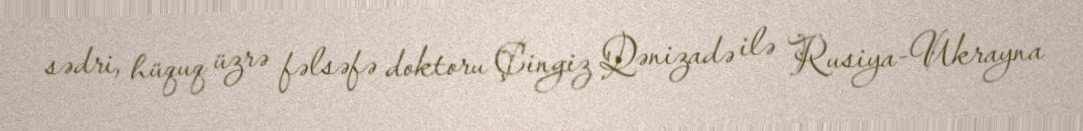
sədri, hüquq üzrə fəlsəfə doktoru Çingiz Qənizadə ilə Rusiya-Ukrayna